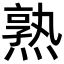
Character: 熟